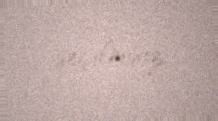
seçilmisiz.